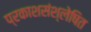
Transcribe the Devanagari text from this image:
प्रकाशसंश्लेषित